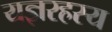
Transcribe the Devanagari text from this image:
यज्ञरहस्य